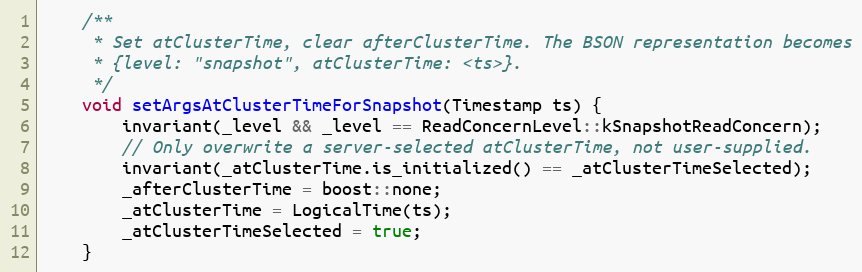
Language: C
    /**
     * Set atClusterTime, clear afterClusterTime. The BSON representation becomes
     * {level: "snapshot", atClusterTime: <ts>}.
     */
    void setArgsAtClusterTimeForSnapshot(Timestamp ts) {
        invariant(_level && _level == ReadConcernLevel::kSnapshotReadConcern);
        // Only overwrite a server-selected atClusterTime, not user-supplied.
        invariant(_atClusterTime.is_initialized() == _atClusterTimeSelected);
        _afterClusterTime = boost::none;
        _atClusterTime = LogicalTime(ts);
        _atClusterTimeSelected = true;
    }